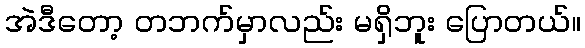
အဲဒီတော့ တဘက်မှာလည်း မရှိဘူး ပြောတယ်။